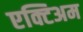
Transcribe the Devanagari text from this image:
एक्टिअम